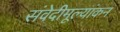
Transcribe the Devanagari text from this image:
संवेदीमूल्यांकन